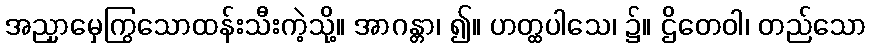
အညှာမှေကြွသောထန်းသီးကဲ့သို့။ အာဂန္တာ၊ ၍။ ဟတ္ထပါသေ၊ ၌။ ဌိတေဝါ၊ တည်သော